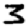
Digit: 3